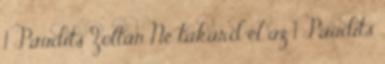
1 Paudits Zoltán Ne takard el az 1 Paudits